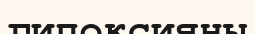
гипоксияны